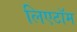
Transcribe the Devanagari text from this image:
लिएटॉम